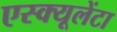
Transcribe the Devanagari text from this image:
एस्क्यूलेंटा